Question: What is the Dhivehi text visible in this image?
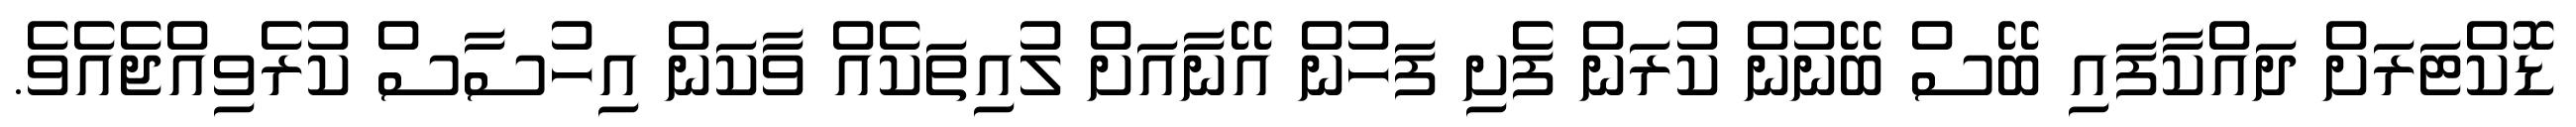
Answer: ޑޮކްޓަރަށް ދައްކާފައި ބޭސް ބޭނުން ކުރަން ފެށި ފަހުން އޭނާއަށް ލުއިތަކެއް ވާކަން އިހުސާސް ކުރެވިއްޖެއެވެ.